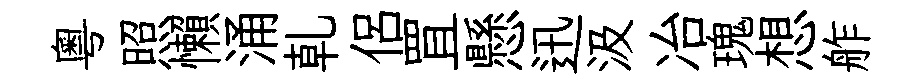
粤照懶涌乹侣罝懸迅汲冶瑰想舴